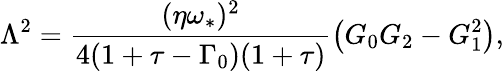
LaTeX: \Lambda^{2}=\frac{(\eta\omega_{\ast})^{2}}{4(1+\tau-\Gamma_{0})(1+\tau)}\left(G_{0}G_{2}-G_{1}^{2}\right),